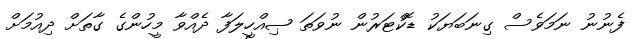
ފެނުނު ނަމަވެސް ގިނަބަޔަކު ޑޮކްޓަރުން ނުވަތަ ޞިއްހީލަފާ ދެއްވާ މީހުންގެ ގާތަށް ދިއުމަށް